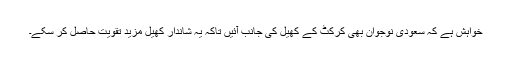
خواہش ہے کہ سعودی نوجوان بھی کرکٹ کے کھیل کی جانب آئیں تاکہ یہ شاندار کھیل مزید تقویت حاصل کر سکے۔